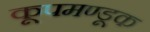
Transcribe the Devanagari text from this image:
कूपमण्डूक